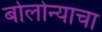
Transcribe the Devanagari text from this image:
बोलोन्याचा